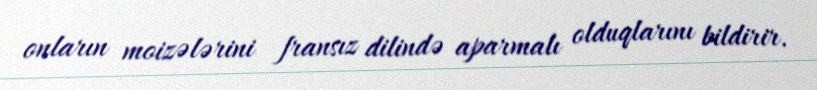
onların moizələrini fransız dilində aparmalı olduqlarını bildirir.